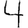
Digit: 4